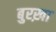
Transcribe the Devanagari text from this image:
बुरख़ा